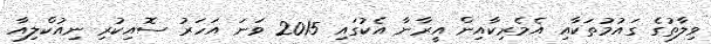
ވިލާތުގެ ގައުމުތަކާއި އެމެރިކާއިން އީރާނާ އެކުގައި 2015 ވަނަ އަހަރު ސޮއިކުރި ނިއުކްލިއާ